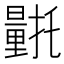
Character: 𮡛